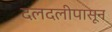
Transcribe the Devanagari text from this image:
दलदलीपासून